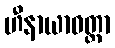
ဟီနာယာဝတ္တာ